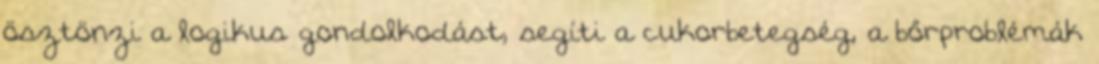
ösztönzi a logikus gondolkodást, segíti a cukorbetegség, a bőrproblémák